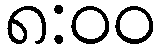
၈:၀၀